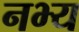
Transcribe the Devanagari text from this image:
नभ्य